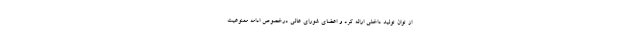
از توان تولید داخلی ارائه کرد و اعضای شورای عالی درخصوص ادامه ممنوعیت